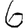
Digit: 6